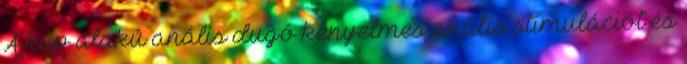
A kúp alakú anális dugó kényelmes anális stimulációt és